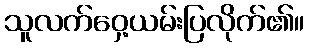
သူလက်ဝှေ့ယမ်းပြလိုက်၏။